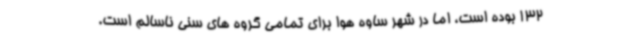
132 بوده است، اما در شهر ساوه هوا برای تمامی گروه های سنی ناسالم است.